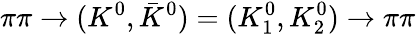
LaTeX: \pi\pi\to(K^{0},\bar{K}^{0})=(K_{1}^{0},K_{2}^{0})\to\pi\pi